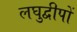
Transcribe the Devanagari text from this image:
लघुद्वीपों